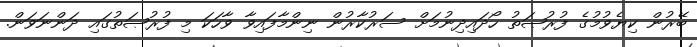
ބޭރުން ކިޔެވުމުގެ ފުރުޞަތު ހޯދައިދިނުމަށް ސަރުކާރުން ނިންމާފައިވާ ވާހަކަ މި ފުރުޞަތުގައި ދަންނަވަން.